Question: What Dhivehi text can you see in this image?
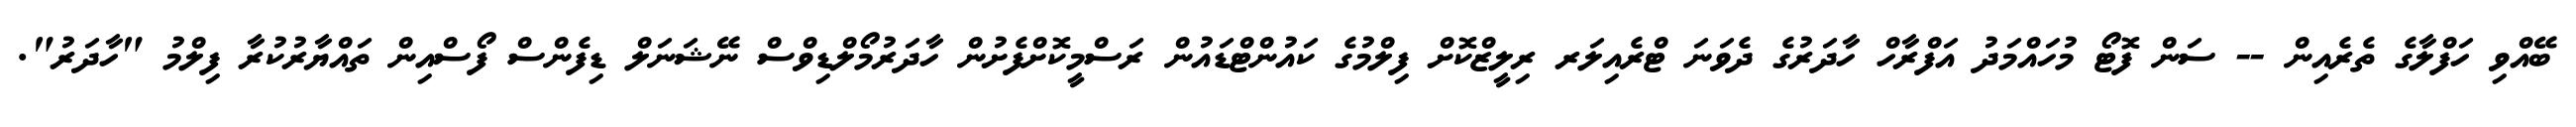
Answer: ބޭއްވި ހަފްލާގެ ތެރެއިން -- ސަން ފޮޓޯ މުހައްމަދު އަފްރާހް ހާދަރުގެ ދެވަނަ ޓްރެއިލަރ ރިލީޒްކޮށް ފިލްމުގެ ކައުންޓްޑައުން ރަސްމީކޮށްފެށުން ހާދަރުމޯލްޑިވްސް ނޭޝަނަލް ޑިފެންސް ފޯސްއިން ތައްޔާރުކުރާ ފިލްމު "ހާދަރު".